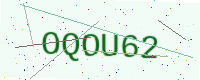
Text: OQOU62